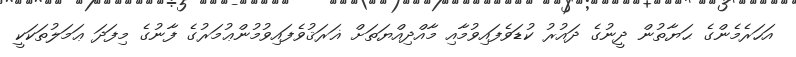
އަހަރެމެންގެ ޙަޔާތުން ދީނުގެ ދައުރު ކުޑަވެފައިވުމާއި މާއްދިއްޔަތަށް ޣަރަޤުވެފައިވުމުންޢުމަރުގެ ފާނުގެ މިފަދަ ޢަމަލުތަކަކީ